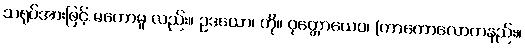
သရုပ်အားဖြင့် မဟောမူ လည်း။ ဥဒယော၊ ကို။ ဝုတ္တောယေဝ၊ (ကာကောလောကနည်း။